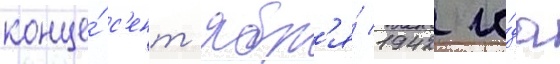
конце́ с'ент'ябр'я́ 1942 го́да